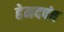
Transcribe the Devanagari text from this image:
हेमदपंत